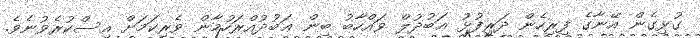
ގުޅިގެން އޭނާގެ ފިރިހެން ދަރިފުޅު ޢަބުދުލް ވައްހާބު ބިން ޢަބުދުއްރަހުމާން ވެރިކަމަށް އިސްކުރެވުނެވެ.